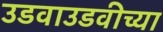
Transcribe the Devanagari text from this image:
उडवाउडवीच्या